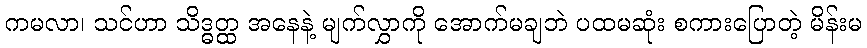
ကမလာ၊ သင်ဟာ သိဒ္ဓတ္ထ အနေနဲ့ မျက်လွှာကို အောက်မချဘဲ ပထမဆုံး စကားပြောတဲ့ မိန်းမ